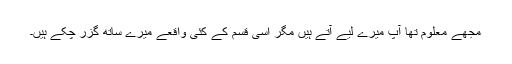
مجھے معلوم تھا آپ میرے لیے آتے ہیں مگر اسی قسم کے کئی واقعے میرے ساتھ گزر چکے ہیں۔